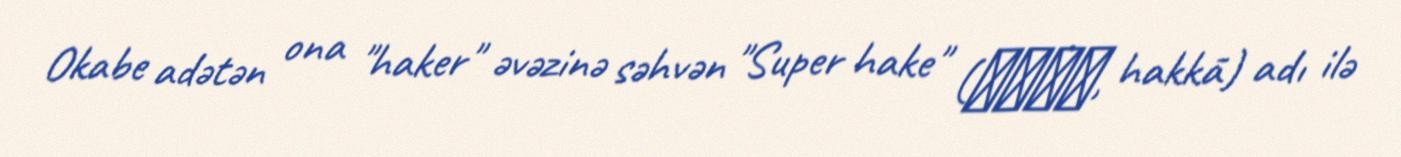
Okabe adətən ona "haker" əvəzinə səhvən "Super hake" (ハッカー, hakkā) adı ilə